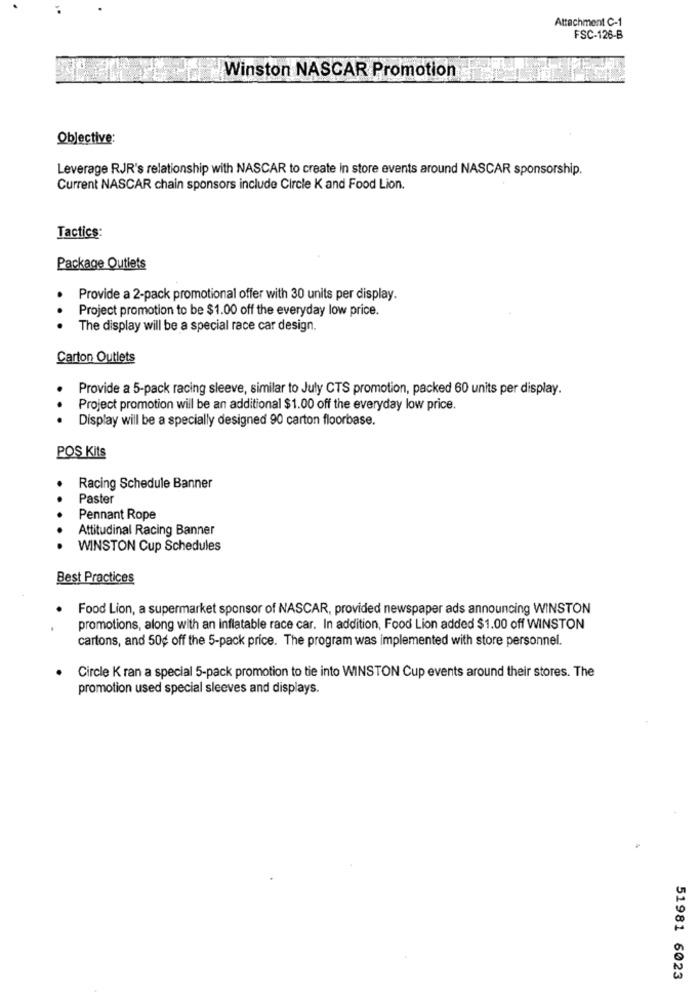
Attachment C-1
FSC-126-B
Winston NASCAR Promotion
Objective:
Leverage RJR's relationship with NASCAR to create in store events around NASCAR sponsorship.
Current NASCAR chain sponsors include Circle K and Food Lion.
Tactics:
Package Outlets
Provide a 2-pack promotional offer with 30 units per display.
Project promotion to be $1.00 off the everyday low price.
.. .
The display will be a special race car design.
Carton Outlets
Provide a 5-pack racing sleeve, similar to July CTS promotion, packed 60 units per display.
Project promotion will be an additional $1.00 off the everyday low price.
..
Display will be a specially designed 90 carton floorbase.
POS Kits
Racing Schedule Banner
Paster
Pennant Rope
Attitudinal Racing Banner
WINSTON Cup Schedules
Best Practices
Food Lion, a supermarket sponsor of NASCAR, provided newspaper ads announcing WINSTON
promotions, along with an inflatable race car. In addition, Food Lion added $1.00 off WINSTON
cartons, and 50g off the 5-pack price. The program was implemented with store personnel.
Circle K ran a special 5-pack promotion to tie into WINSTON Cup events around their stores. The
promotion used special sleeves and displays.
51981 6023